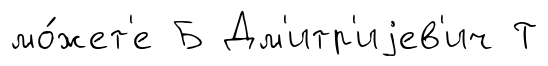
мо́жет'е Б Дм'итр'иjев'ич Т